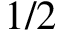
1 / 2